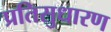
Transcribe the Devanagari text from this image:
प्रतिसुधारण